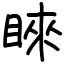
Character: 睞